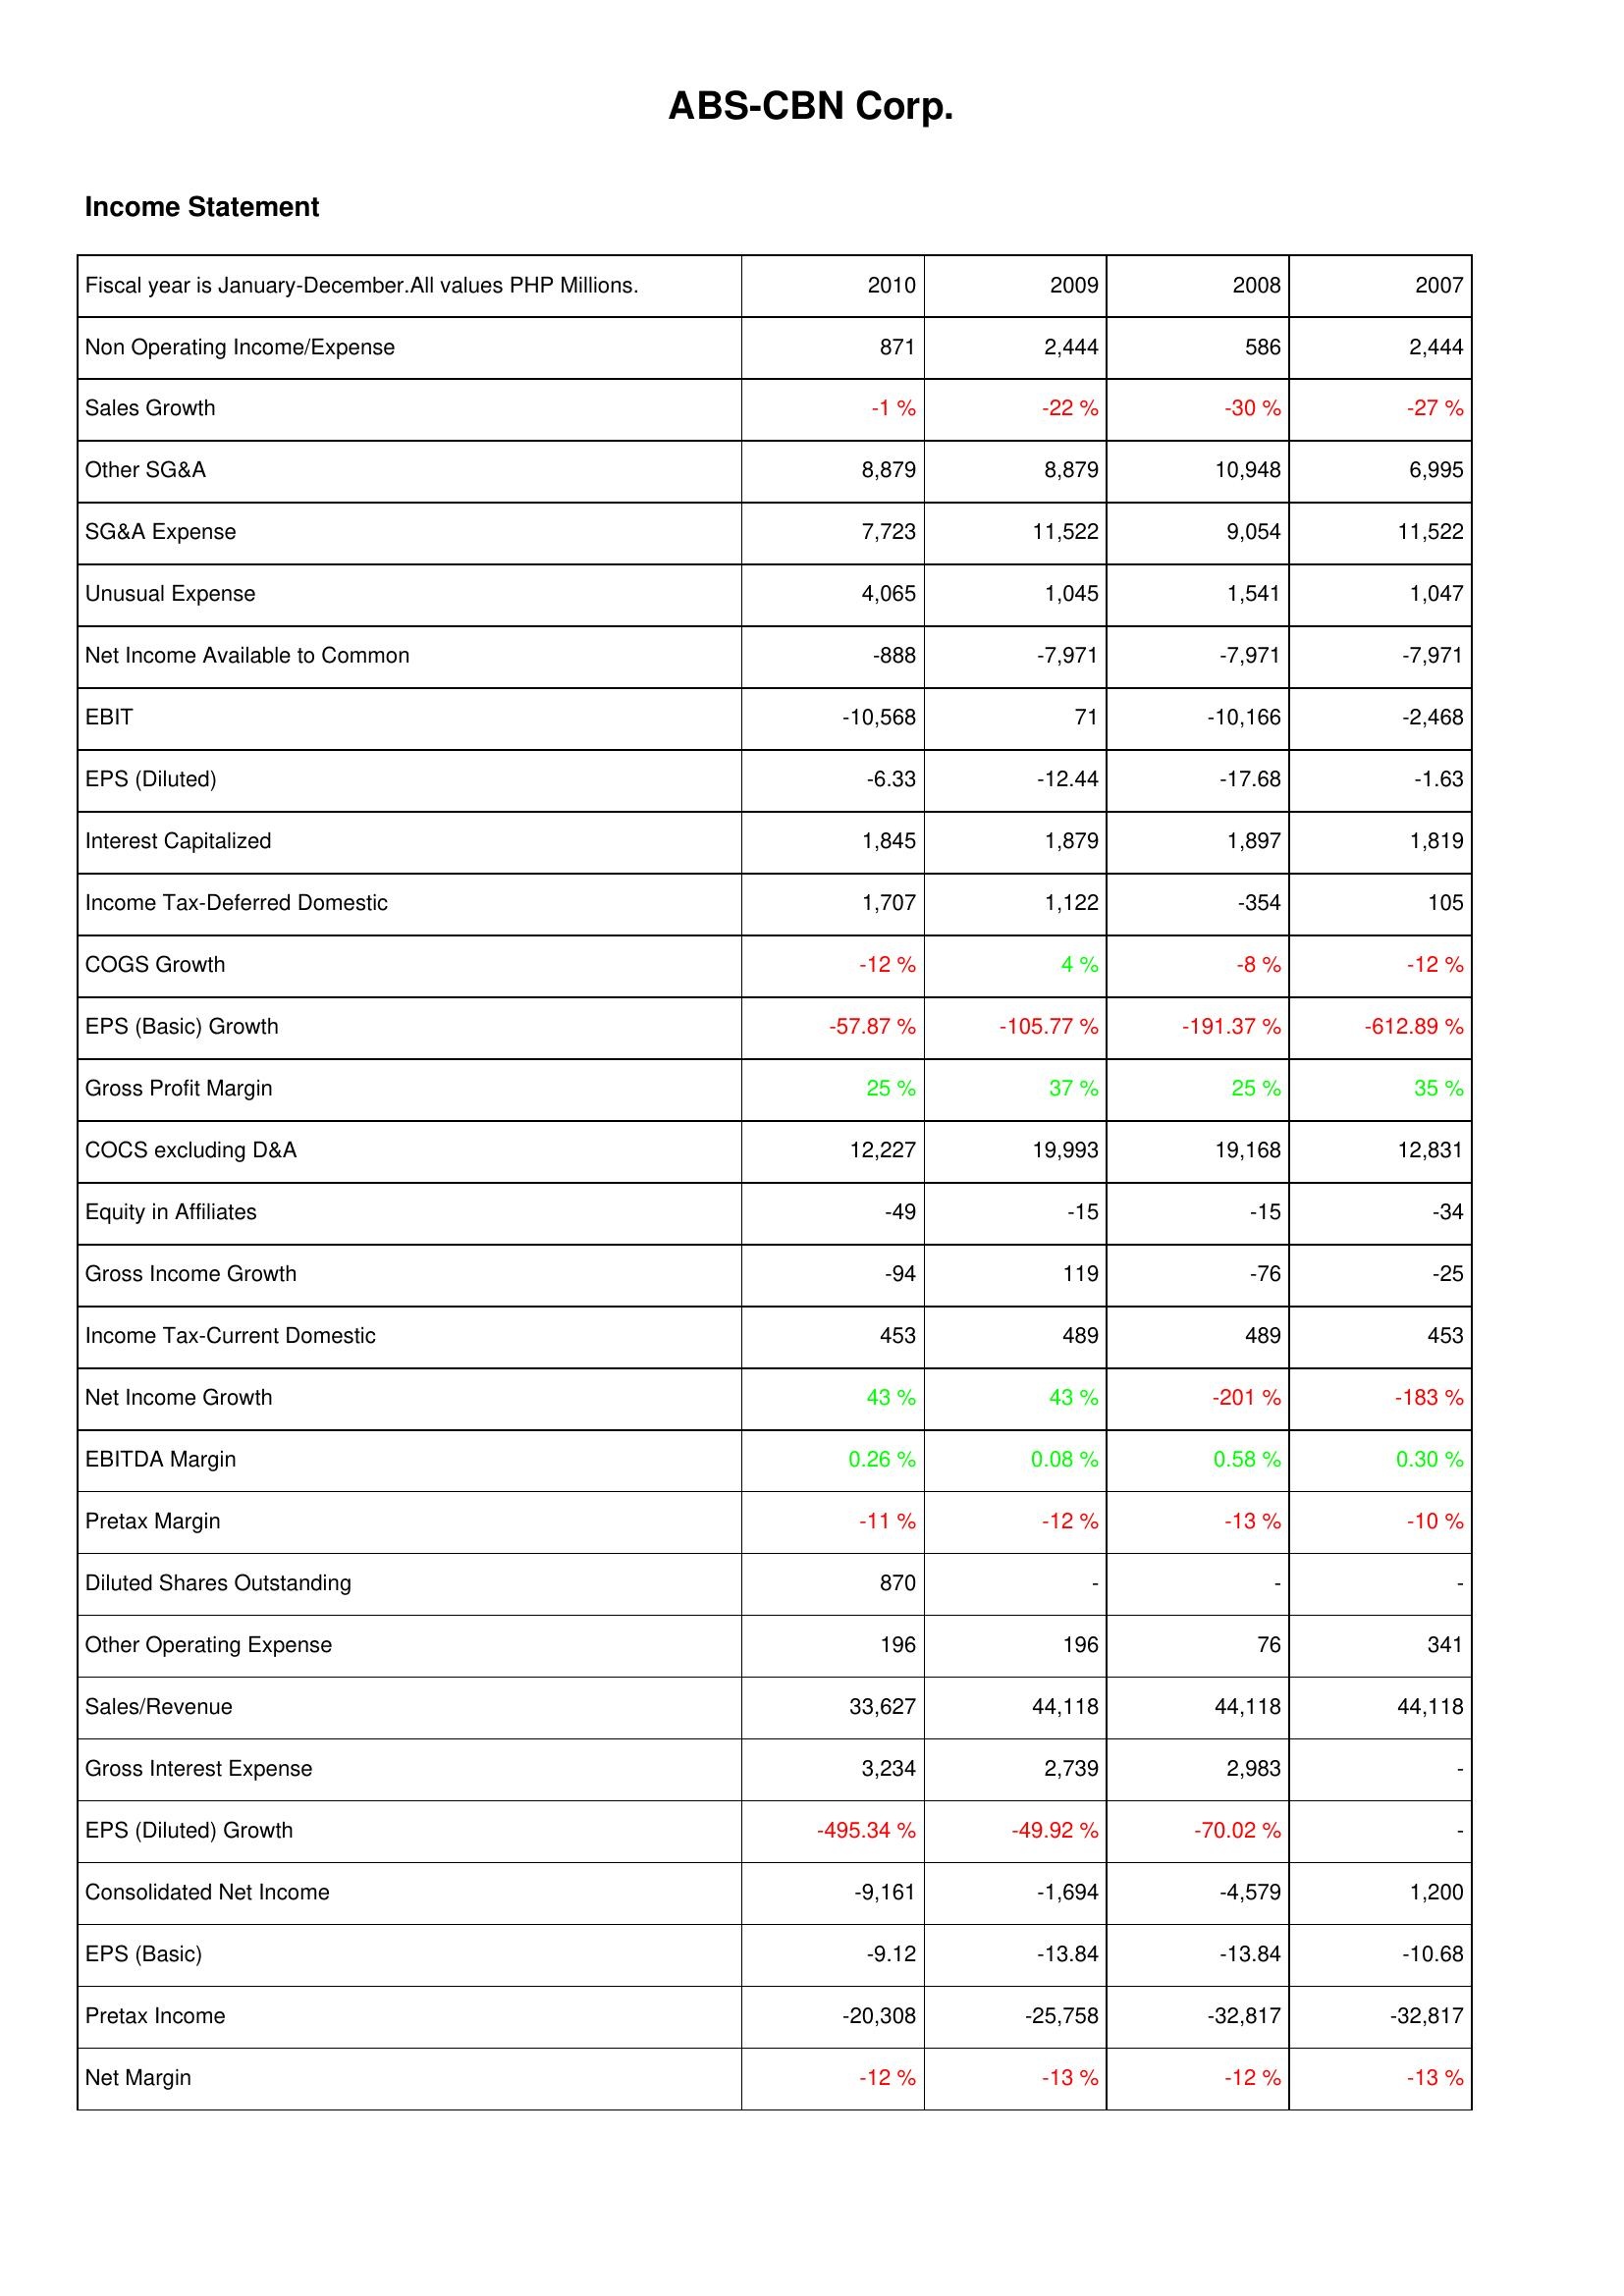
2010: Income Statement: Non Operating Income/Expense: 871
Sales Growth: -1 %
Other SG&A: 8,879
SG&A Expense: 7,723
Unusual Expense: 4,065
Net Income Available to Common: -888
EBIT: -10,568
EPS (Diluted): -6.33
Interest Capitalized: 1,845
Income Tax-Deferred Domestic: 1,707
COGS Growth: -12 %
EPS (Basic) Growth: -57.87 %
Gross Profit Margin: 25 %
COCS excluding D&A: 12,227
Equity in Affiliates: -49
Gross Income Growth: -94
Income Tax-Current Domestic: 453
Net Income Growth: 43 %
EBITDA Margin: 0.26 %
Pretax Margin: -11 %
Diluted Shares Outstanding: 870
Other Operating Expense: 196
Sales/Revenue: 33,627
Gross Interest Expense: 3,234
EPS (Diluted) Growth: -495.34 %
Consolidated Net Income: -9,161
EPS (Basic): -9.12
Pretax Income: -20,308
Net Margin: -12 %
2009: Income Statement: Non Operating Income/Expense: 2,444
Sales Growth: -22 %
Other SG&A: 8,879
SG&A Expense: 11,522
Unusual Expense: 1,045
Net Income Available to Common: -7,971
EBIT: 71
EPS (Diluted): -12.44
Interest Capitalized: 1,879
Income Tax-Deferred Domestic: 1,122
COGS Growth: 4 %
EPS (Basic) Growth: -105.77 %
Gross Profit Margin: 37 %
COCS excluding D&A: 19,993
Equity in Affiliates: -15
Gross Income Growth: 119
Income Tax-Current Domestic: 489
Net Income Growth: 43 %
EBITDA Margin: 0.08 %
Pretax Margin: -12 %
Diluted Shares Outstanding: -
Other Operating Expense: 196
Sales/Revenue: 44,118
Gross Interest Expense: 2,739
EPS (Diluted) Growth: -49.92 %
Consolidated Net Income: -1,694
EPS (Basic): -13.84
Pretax Income: -25,758
Net Margin: -13 %
2008: Income Statement: Non Operating Income/Expense: 586
Sales Growth: -30 %
Other SG&A: 10,948
SG&A Expense: 9,054
Unusual Expense: 1,541
Net Income Available to Common: -7,971
EBIT: -10,166
EPS (Diluted): -17.68
Interest Capitalized: 1,897
Income Tax-Deferred Domestic: -354
COGS Growth: -8 %
EPS (Basic) Growth: -191.37 %
Gross Profit Margin: 25 %
COCS excluding D&A: 19,168
Equity in Affiliates: -15
Gross Income Growth: -76
Income Tax-Current Domestic: 489
Net Income Growth: -201 %
EBITDA Margin: 0.58 %
Pretax Margin: -13 %
Diluted Shares Outstanding: -
Other Operating Expense: 76
Sales/Revenue: 44,118
Gross Interest Expense: 2,983
EPS (Diluted) Growth: -70.02 %
Consolidated Net Income: -4,579
EPS (Basic): -13.84
Pretax Income: -32,817
Net Margin: -12 %
2007: Income Statement: Non Operating Income/Expense: 2,444
Sales Growth: -27 %
Other SG&A: 6,995
SG&A Expense: 11,522
Unusual Expense: 1,047
Net Income Available to Common: -7,971
EBIT: -2,468
EPS (Diluted): -1.63
Interest Capitalized: 1,819
Income Tax-Deferred Domestic: 105
COGS Growth: -12 %
EPS (Basic) Growth: -612.89 %
Gross Profit Margin: 35 %
COCS excluding D&A: 12,831
Equity in Affiliates: -34
Gross Income Growth: -25
Income Tax-Current Domestic: 453
Net Income Growth: -183 %
EBITDA Margin: 0.30 %
Pretax Margin: -10 %
Diluted Shares Outstanding: -
Other Operating Expense: 341
Sales/Revenue: 44,118
Gross Interest Expense: -
EPS (Diluted) Growth: -
Consolidated Net Income: 1,200
EPS (Basic): -10.68
Pretax Income: -32,817
Net Margin: -13 %